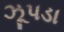
ઝૂપડા